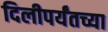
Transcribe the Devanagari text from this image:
दिलीपर्यंतच्या